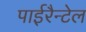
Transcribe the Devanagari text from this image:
पाईरैन्टेल